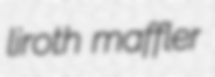
liroth maffler